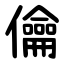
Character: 㒢